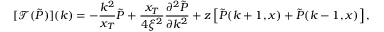
[ \mathcal { T } ( \tilde { P } ) ] ( k ) = - \frac { k ^ { 2 } } { x _ { T } } \tilde { P } + \frac { x _ { T } } { 4 \xi ^ { 2 } } \frac { \partial ^ { 2 } \tilde { P } } { \partial k ^ { 2 } } + z \left[ \tilde { P } ( k + 1 , x ) + \tilde { P } ( k - 1 , x ) \right] ,